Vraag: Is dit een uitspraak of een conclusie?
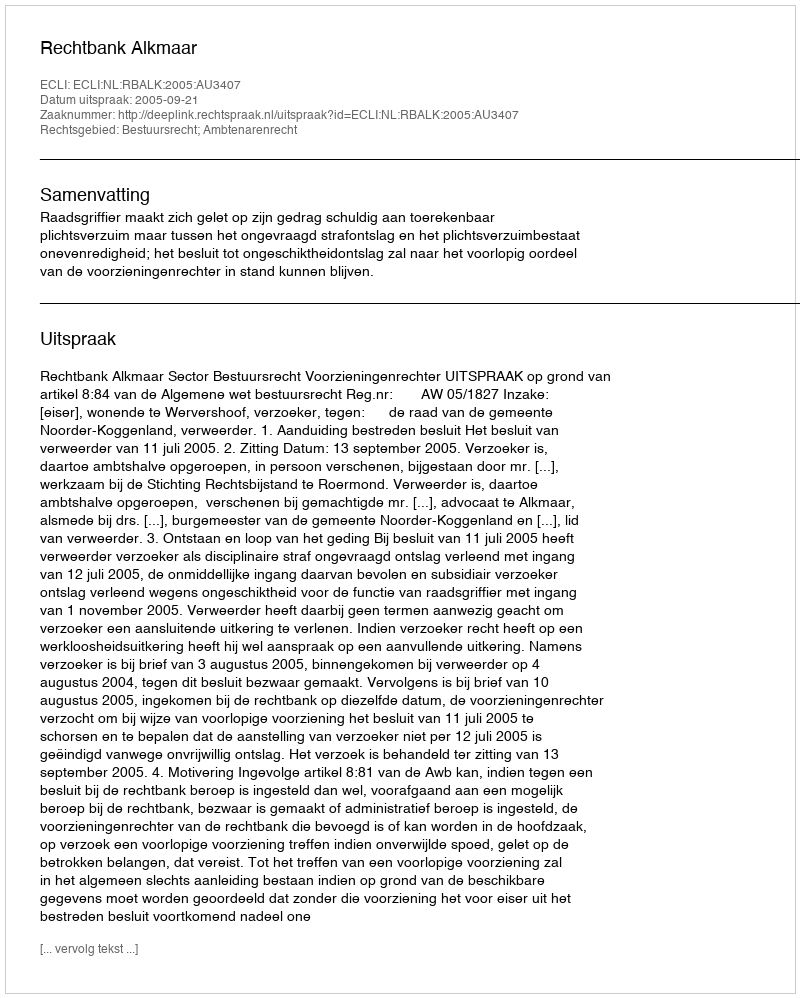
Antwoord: Uitspraak